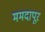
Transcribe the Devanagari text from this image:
ममदापूर